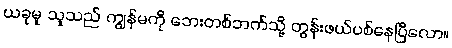
ယခုမူ သူသည် ကျွန်မကို ဘေးတစ်ဘက်သို့ တွန်းဖယ်ပစ်နေပြီလော။